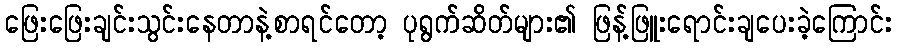
ဖြေးဖြေးချင်းသွင်းနေတာနဲ့စာရင်တော့ ပုရွက်ဆိတ်များ၏ ဖြန့်ဖြူးရောင်းချပေးခဲ့ကြောင်း